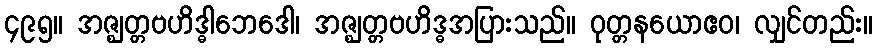
၄၉၅။ အဇ္ဈတ္တဗဟိဒ္ဓါဘေဒေါ၊ အဇ္ဈတ္တဗဟိဒ္ဓအပြားသည်။ ဝုတ္တနယောဧဝ၊ လျှင်တည်း။